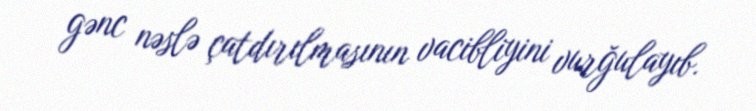
gənc nəslə çatdırılmasının vacibliyini vurğulayıb.